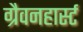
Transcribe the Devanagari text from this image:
ग्रैवनहार्स्ट